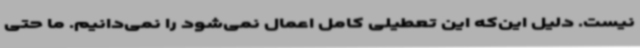
نیست. دلیل این‌که این تعطیلی کامل اعمال نمی‌شود را نمی‌دانیم. ما حتی